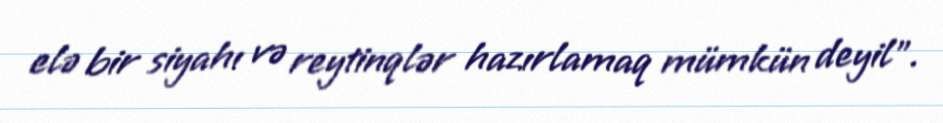
elə bir siyahı və reytinqlər hazırlamaq mümkün deyil”.